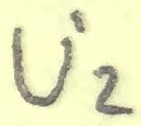
Text: U2